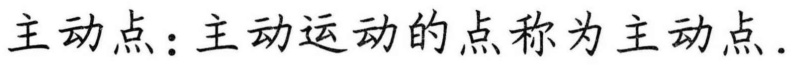
主动点：主动运动的点称为主动点.